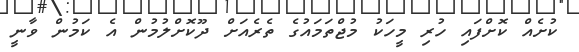
ކުށެއް ކޮށްފައި ހުރި މީހަކު މުޖްތަމައުގެ ތެރެއަށް ދޫކޮށްލުމުން އެ ކަމުން ވާނީ